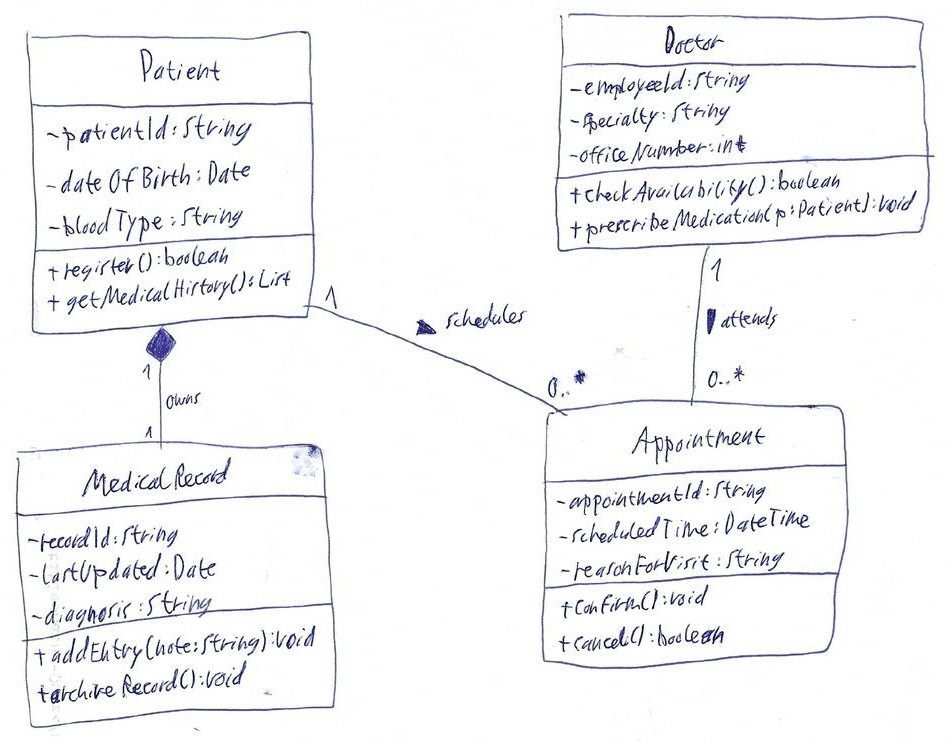
Diagram type: class_diagram
```plantuml
@startuml

class Patient {
    - patientId: String
    - dateOfBirth: Date
    - bloodType: String
    + register(): boolean
    + getMedicalHistory(): List
}

class Appointment {
    - appointmentId: String
    - scheduledTime: DateTime
    - reasonForVisit: String
    + confirm(): void
    + cancel(): boolean
}

class Doctor {
    - employeeId: String
    - specialty: String
    - officeNumber: int
    + checkAvailability(): boolean
    + prescribeMedication(p: Patient): void
}

class MedicalRecord {
    - recordId: String
    - lastUpdated: Date
    - diagnosis: String
    + addEntry(note: String): void
    + archiveRecord(): void
}

Patient "1" -- "0..*" Appointment : schedules >
Doctor "1" -- "0..*" Appointment : attends >
Patient "1" *-- "1" MedicalRecord : owns >

@enduml
```